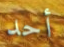
أحد